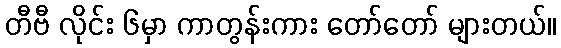
တီဗီ လိုင်း ၆မှာ ကာတွန်းကား တော်တော် များတယ်။